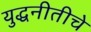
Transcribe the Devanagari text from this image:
युद्धनीतीचे